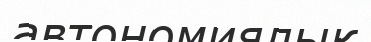
автономиялық